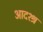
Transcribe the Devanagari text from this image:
आदश्श्र